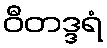
ဝီတဒ္ဒရံ